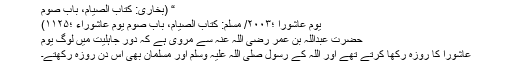
“ (بخاری: کتاب الصیام، باب صوم
یوم عاشورا ؛۲۰۰۳/ مسلم: کتاب الصیام، باب صوم یوم عاشوراء ؛۱۱۲۵)
حضرت عبداللہ بن عمر رضی اللہ عنہ سے مروی ہے کہ دورِ جاہلیت میں لوگ یومِ
عاشورا کا روزہ رکھا کرتے تھے اور اللہ کے رسول صلی اللہ علیہ وسلم اور مسلمان بھی اس دن روزہ رکھتے۔